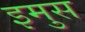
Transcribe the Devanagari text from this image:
इमुस